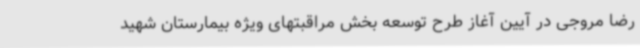
رضا مروجی در آیین آغاز طرح توسعه بخش مراقبتهای ویژه بیمارستان شهید